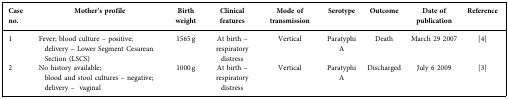
| Case no. | Mother’s profile | Birth weight | Clinical features | Mode of transmission | Serotype | Outcome | Date of publication | Reference |
 | --- | --- | --- | --- | --- | --- | --- | --- | --- |
 | 1 | Fever; blood culture – positive; delivery – Lower Segment Cesarean Section (LSCS) | 1565 g | At birth – respiratory distress | Vertical | Paratyphi A | Death | March 29 2007 | [4] |
 | 2 | No history available; blood and stool cultures – negative; delivery – vaginal | 1000 g | At birth – respiratory distress | Vertical | Paratyphi A | Discharged | July 6 2009 | [3] |